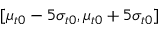
[ \mu _ { t 0 } - 5 \sigma _ { t 0 } , \mu _ { t 0 } + 5 \sigma _ { t 0 } ]